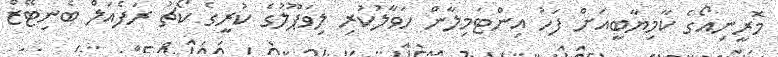
މޮރީނިއޯގެ ކާމިޔާބީއަށް ފަހު އިންޓަމިލާން ހަވާލުކުރި ލިވަޕޫލުގެ ކުރީގެ ކޯޗު ރަފެއަލް ބެނިޓޭޒް